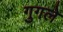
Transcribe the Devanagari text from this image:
गुगले